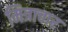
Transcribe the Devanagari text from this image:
मित्राचार